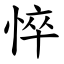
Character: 悴